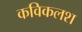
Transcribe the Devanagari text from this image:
कविकलश